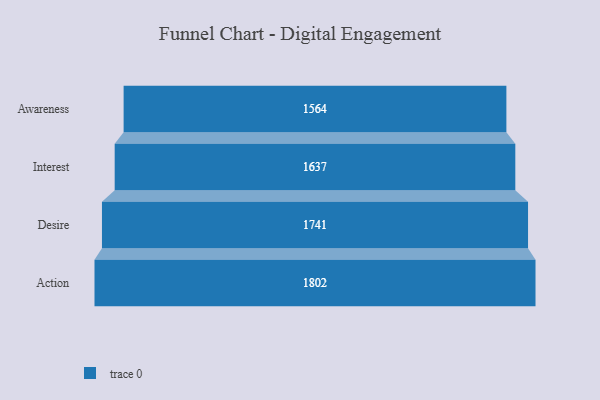
{"axis": {"x": "Stage", "y": "Value"}, "legend": [""], "data": [{"x": "Awareness", "y": 1564.0, "type": ""}, {"x": "Interest", "y": 1637.0, "type": ""}, {"x": "Desire", "y": 1741.0, "type": ""}, {"x": "Action", "y": 1802.0, "type": ""}]}